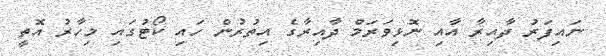
ނައިފަރު ދާއިރާ އާއި ނޮޅިވަރަމް ދާއިރާގެ އިތުރުން ހައި ކޯޓުގައި މިހާރު އޮތީ